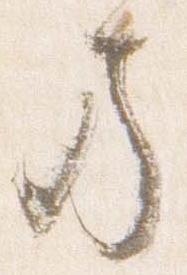
方